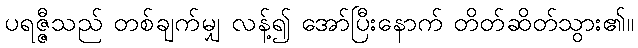
ပရဇ္ဇီသည် တစ်ချက်မျှ လန့်၍ အော်ပြီးနောက် တိတ်ဆိတ်သွား၏။